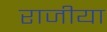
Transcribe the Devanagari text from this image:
राजीया